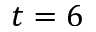
t = 6